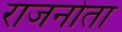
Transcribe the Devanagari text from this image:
राजनोता